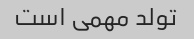
تولد مهمی است